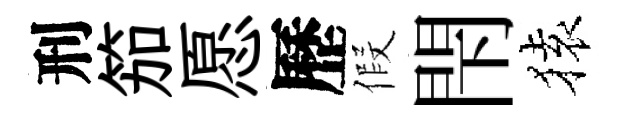
刑笳愿歷假閇𫞤